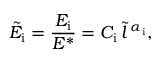
\tilde { E } _ { \mathrm { i } } = \frac { E _ { \mathrm { i } } } { E ^ { * } } = C _ { \mathrm { i } } \, \tilde { l } { \, } ^ { \alpha _ { \mathrm { i } } } ,